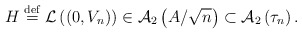
\begin{align*}H\stackrel{\rm def}{=}{\cal L}\left( \left( 0,V_{n}\right) \right) \in {\cal A}_{2}\left( A/\sqrt{n}\right) \subset {\cal A}_{2}\left( \tau _{n}\right) .\end{align*}